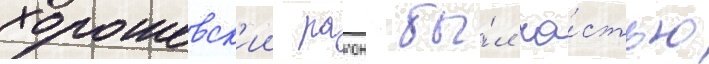
хорошевск'ии раион бы́л ча́стью